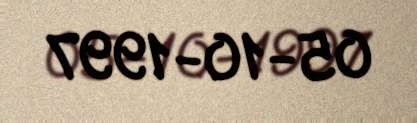
05-10-1997